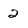
Character: 2